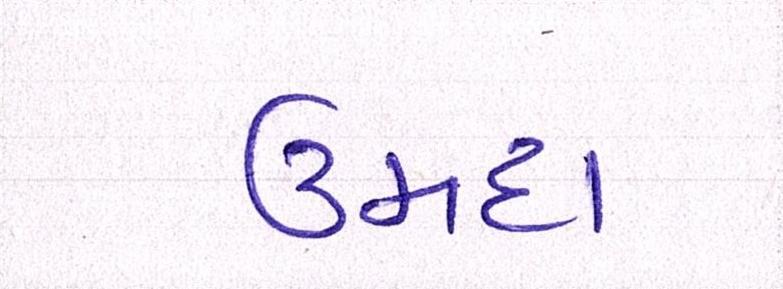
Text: ઉમદા